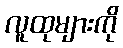
လူထုများကို